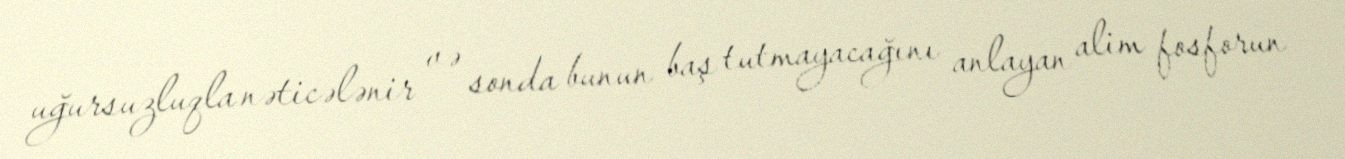
uğursuzluqla nəticələnir və sonda bunun baş tutmayacağını anlayan alim fosforun